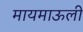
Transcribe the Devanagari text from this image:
मायमाऊली